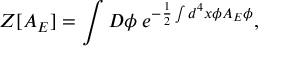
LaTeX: Z [ A _ { E } ] = \int D \phi \; e ^ { - \frac { 1 } { 2 } \int d ^ { 4 } x \phi A _ { E } \phi } ,